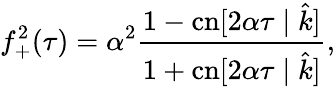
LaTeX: f_{+}^{2}(\tau)=\alpha^{2}\frac{1-\mathrm{cn}[2\alpha\tau\mid\hat{k}]}{1+\mathrm{cn}[2\alpha\tau\mid\hat{k}]},